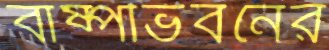
বাষ্পীভবনের